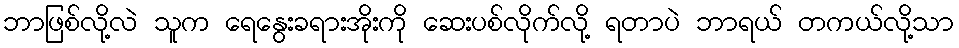
ဘာဖြစ်လို့လဲ သူက ရေနွေးခရားအိုးကို ဆေးပစ်လိုက်လို့ ရတာပဲ ဘာရယ် တကယ်လို့သာ